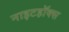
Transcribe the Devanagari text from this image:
नाइटहॉक्स